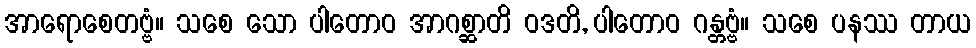
အာရောစေတဗ္ဗံ။ သစေ သော ပါတောဝ အာဂစ္ဆာတိ ဝဒတိ, ပါတောဝ ဂန္တဗ္ဗံ။ သစေ ပနဿ တာယ